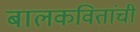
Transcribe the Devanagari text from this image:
बालकवितांची